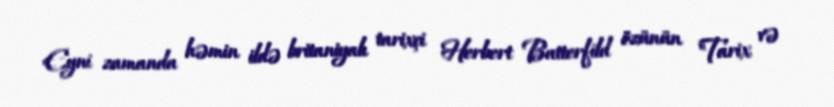
Eyni zamanda həmin ildə britaniyalı tarixçi Herbert Batterfild özünün "Tarix və